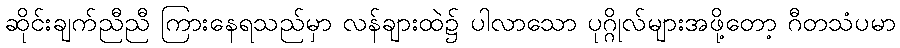
ဆိုင်းချက်ညီညီ ကြားနေရသည်မှာ လန်ချားထဲ၌ ပါလာသော ပုဂ္ဂိုလ်များအဖို့တော့ ဂီတသံပမာ